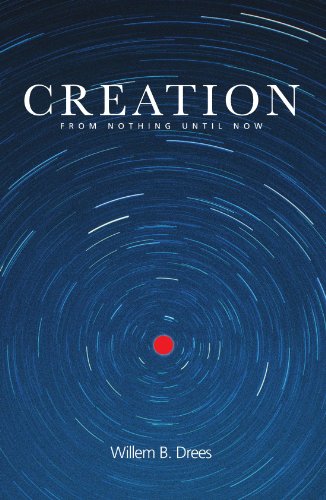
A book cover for Creation: From Nothing Until Now; Willem B. Drees; Religion & Spirituality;